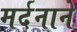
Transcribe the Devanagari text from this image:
मर्दनाने